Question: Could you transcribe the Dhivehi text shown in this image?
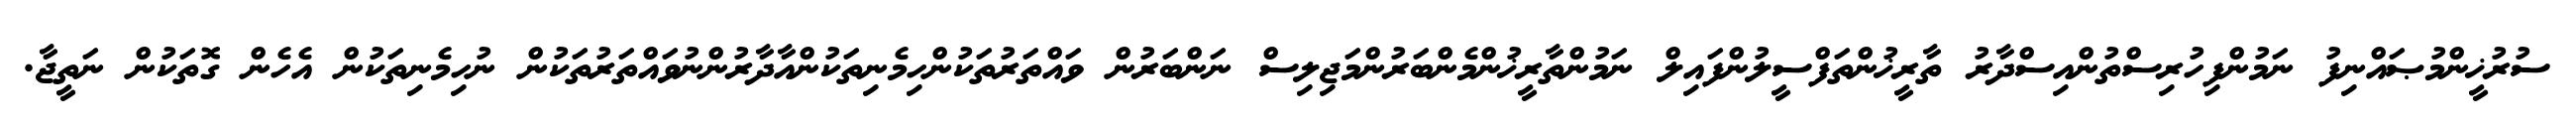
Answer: ސުރުޚީންމުޞައްނިފު ނަމުންފިހުރިސްތުންއިސްދާރު ތާރީޚުންތަފްސީލުންފައިލް ނަމުންތާރީޚުންމެންބަރުންމަޖިލިސް ނަންބަރުން ވައްތަރުތަކުންހިމެނިތަކުންއާދާރުންނުވައްތަރުތަކުން ނުހިމެނިތަކުން އެހެން ގޮތަކުން ނަތީޖާ.